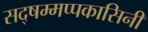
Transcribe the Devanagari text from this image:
सद्षम्मप्पकासिनी